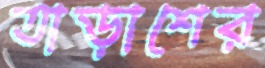
তাড়াশের